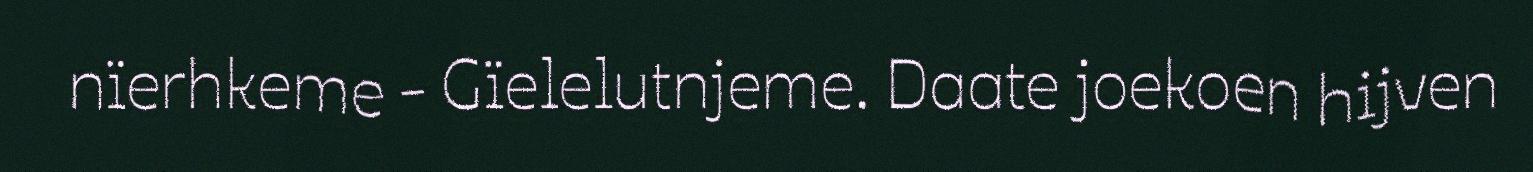
nïerhkeme - Gïelelutnjeme. Daate joekoen hijven